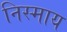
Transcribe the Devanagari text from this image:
निस्माय